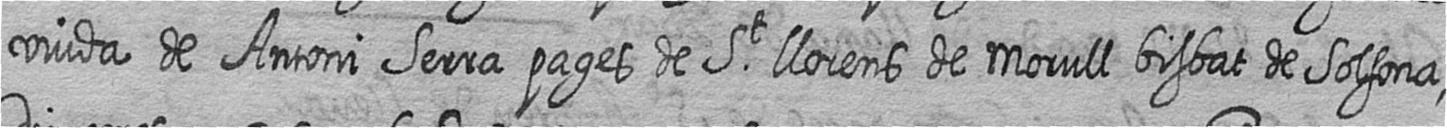
viuda de Antoni Serra pages de St llorens de Morull bisbat de Solsona